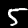
Label: 5